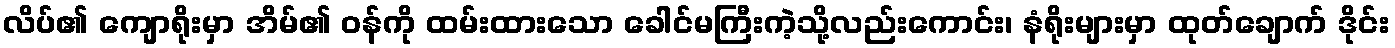
လိပ်၏ ကျောရိုးမှာ အိမ်၏ ဝန်ကို ထမ်းထားသော ခေါင်မကြီးကဲ့သို့လည်းကောင်း၊ နံရိုးများမှာ ထုတ်ချောက် ဒိုင်း